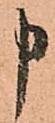
申